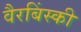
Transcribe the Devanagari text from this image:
वैरबिंस्की